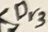
Text: Dr3